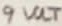
Text: 9 VOLT